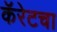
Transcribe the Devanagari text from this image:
कॅरेटचा